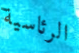
الرئاسية